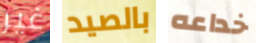
غير بالصيد خداعه